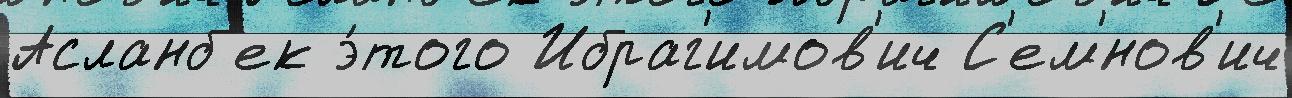
Асланб'ек э́того Ибраг'имов'ич С'ем'́нов'ич